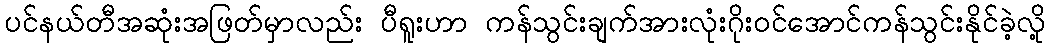
ပင်နယ်တီအဆုံးအဖြတ်မှာလည်း ပီရူးဟာ ကန်သွင်းချက်အားလုံးဂိုးဝင်အောင်ကန်သွင်းနိုင်ခဲ့လို့